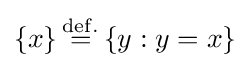
\left\{x\right\}{\overset {\mathrm {def.} }{=}}\left\{y:y=x\right\}